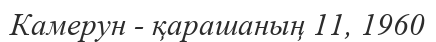
Камерун - қарашаның 11, 1960